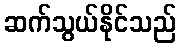
ဆက်သွယ်နိုင်သည်